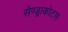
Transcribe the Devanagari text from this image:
सेण्ड्राकोटस